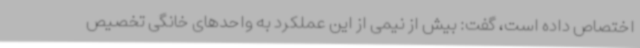
اختصاص داده است، گفت: بیش از نیمی از این عملکرد به واحدهای خانگی تخصیص